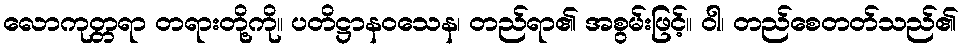
လောကုတ္တရာ တရားတို့ကို။ ပတိဋ္ဌာနဝသေန၊ တည်ရာ၏ အစွမ်းဖြင့်။ ဝါ၊ တည်စေတတ်သည်၏